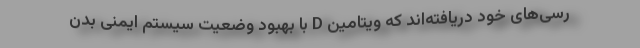
رسی‌های خود دریافته‌اند که ویتامین D با بهبود وضعیت سیستم ایمنی بدن